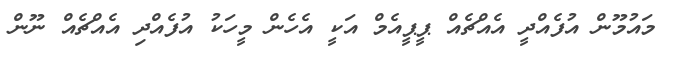
މައުމޫން އުފެއްދީ އެއްޗެއް ޕީޕީއެމް އަކީ އެހެން މީހަކު އުފެއްދި އެއްޗެއް ނޫން